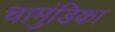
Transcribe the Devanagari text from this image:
चामुंडिका